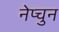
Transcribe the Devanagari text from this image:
नेप्चुन